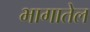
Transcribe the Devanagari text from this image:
भागातेल